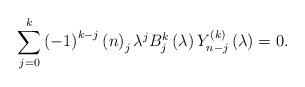
LaTeX: \begin{align*}\sum_{j=0}^{k}\left( -1\right) ^{k-j}\left( n\right) _{j}\lambda^{j}B_{j}^{k}\left( \lambda \right) Y_{n-j}^{\left( k\right) }\left( \lambda\right) =0. \end{align*}